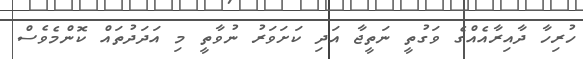
ހުރިހާ ދާއިރާއެއްގެ ވަގުތީ ނަތީޖާ އަދި ކަށަވަރު ނުވާތީ މި އަދަދުތައް ކޮންމެވެސް